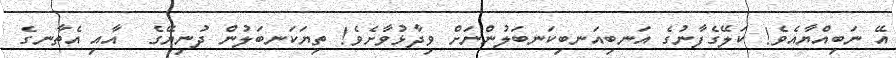
އޭ ނަބިއްޔާއެވެ! ކަލޭގެފާނުގެ އަނބިއަނބިކަނބަލުންނަށް ވިދާޅުވާށެވެ! ތިޔަކަނބަލުން ދުނިޔޭގެ  އާއި އެތާނގެ